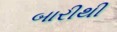
બારીથી